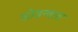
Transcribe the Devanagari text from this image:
सोडन्यात